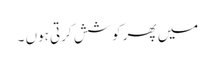
میں پھر کوشش کرتی ہوں ۔